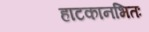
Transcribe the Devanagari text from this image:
हाटकानभितः